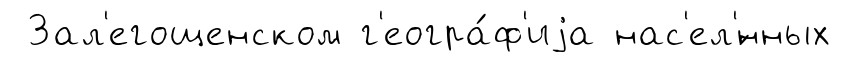
Зал'егощенском г'еогра́ф'иjа нас'ел'́нных